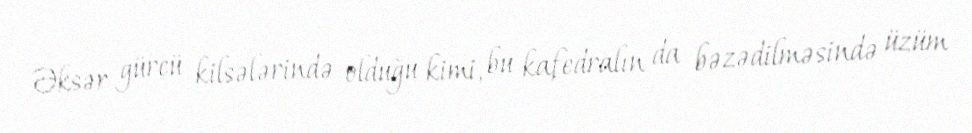
Əksər gürcü kilsələrində olduğu kimi, bu kafedralın da bəzədilməsində üzüm